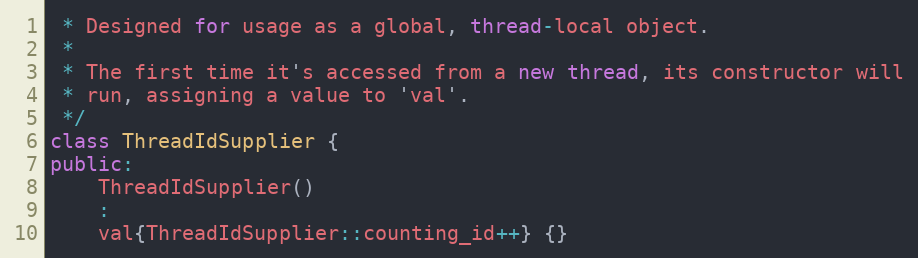
Language: C++
 * Designed for usage as a global, thread-local object.
 *
 * The first time it's accessed from a new thread, its constructor will
 * run, assigning a value to 'val'.
 */
class ThreadIdSupplier {
public:
	ThreadIdSupplier()
	:
	val{ThreadIdSupplier::counting_id++} {}